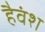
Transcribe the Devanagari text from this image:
हैवंश